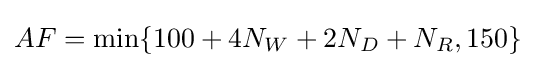
AF=\operatorname {min} \{100+4N_{W}+2N_{D}+N_{R},150\}